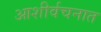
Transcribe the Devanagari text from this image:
आशीर्वचनात